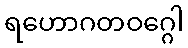
ရဟောဂတဝဂ္ဂေါ